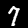
Label: 7